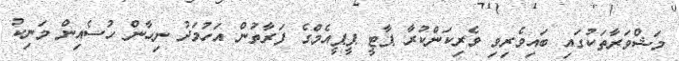
މަޝްވަރާތަކުގައި ބައިވެރިވި ވެރިކަންކުރާ ޕާޓީ ޕީޕީއެމްގެ ފަރާތުން އަހުމަދު ނިހާން ހުސެއިން މަނިކު